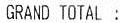
GRAND TOTAL :